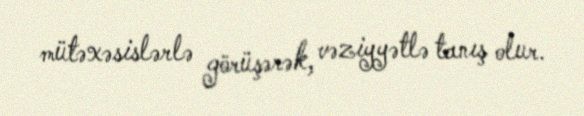
mütəxəsislərlə görüşərək, vəziyyətlə tanış olur.